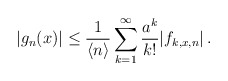
\begin{align*}|g_n(x)|\leq\frac{1}{\langle n\rangle} \sum_{k=1}^\infty \frac{a^k}{k!}|f_{k,x,n}| \, .\end{align*}